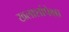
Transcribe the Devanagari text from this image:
खलाशांपेक्षा